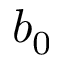
b _ { 0 }